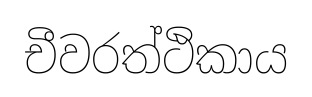
චීවරත්ථිකාය